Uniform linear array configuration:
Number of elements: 12
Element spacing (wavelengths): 0.5
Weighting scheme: uniform
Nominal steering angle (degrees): -30
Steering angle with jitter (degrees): -28.586
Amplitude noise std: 0.05
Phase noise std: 0.05

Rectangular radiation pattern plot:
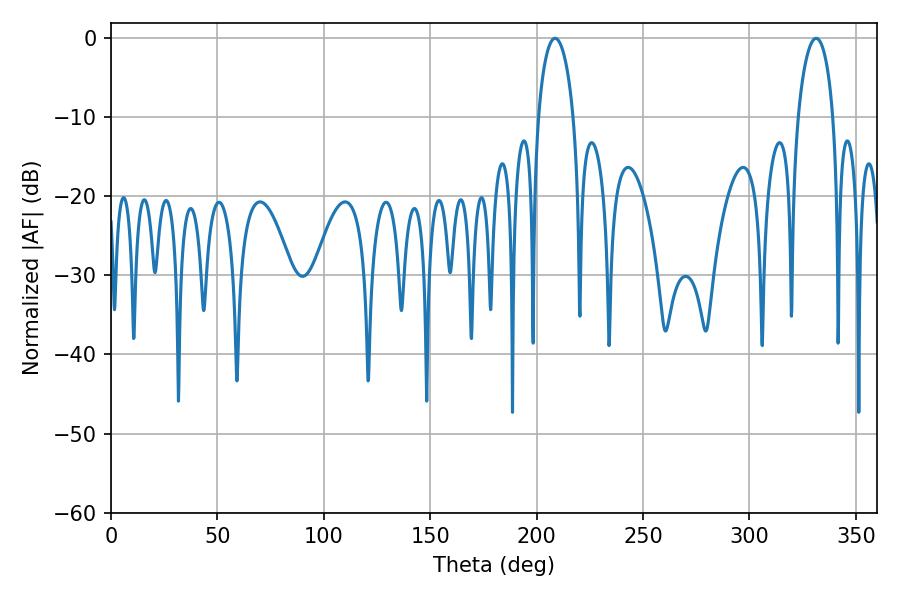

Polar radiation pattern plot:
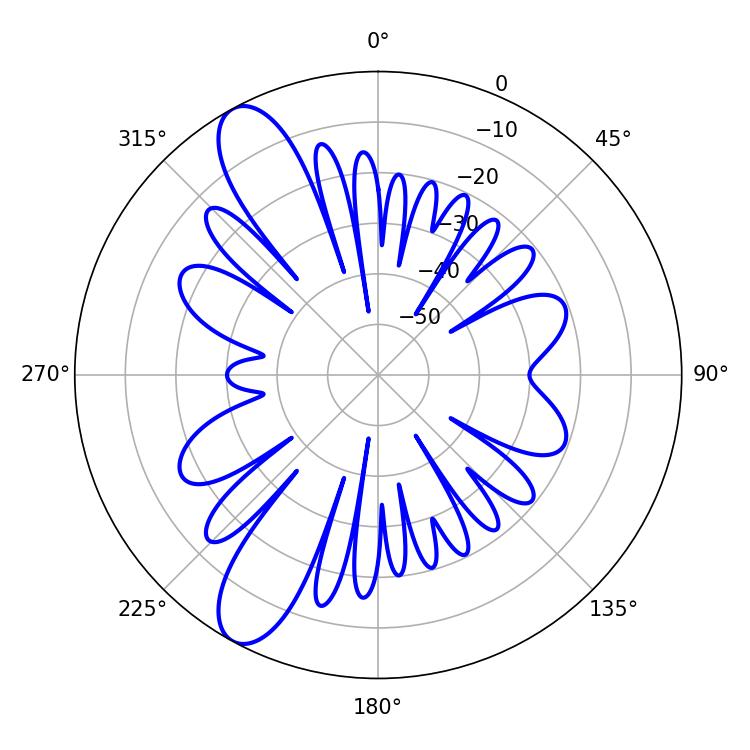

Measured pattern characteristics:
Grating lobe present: FALSE
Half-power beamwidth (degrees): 9.36
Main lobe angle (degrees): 208.62